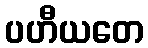
ပဟီယတေ